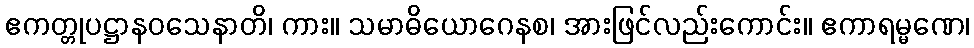
ဧကတ္တုပဋ္ဌာနဝသေနာတိ၊ ကား။ သမာဓိယောဂေနစ၊ အားဖြင်လည်းကောင်း။ ဧကာရမ္မဏေ၊